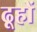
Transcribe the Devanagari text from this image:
ढूहों